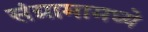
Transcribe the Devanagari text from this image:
संग्रामामध्ये